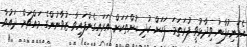
އެމަނިކުފާނު ވިދާޅުވީ ފުރަތަމަ ފަހަށް ކުދި ކުށްތަކަށް އަރައިގެންފައިވާ ޒުވާނުންގެ މައްޗަށް ދައުވާ